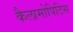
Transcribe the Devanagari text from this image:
कैलामोपिटिस